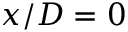
x / D = 0